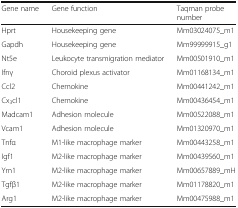
| Gene name | Gene function | Taqman probe number |
 | --- | --- | --- |
 | Hprt | Housekeeping gene | Mm03024075_m1 |
 | Gapdh | Housekeeping gene | Mm99999915_g1 |
 | Nt5e | Leukocyte transmigration mediator | Mm00501910_m1 |
 | Ifnγ | Choroid plexus activator | Mm01168134_m1 |
 | Ccl2 | Chemokine | Mm00441242_m1 |
 | Cx3cl1 | Chemokine | Mm00436454_m1 |
 | Madcam1 | Adhesion molecule | Mm00522088_m1 |
 | Vcam1 | Adhesion molecule | Mm01320970_m1 |
 | Tnfα | M1-like macrophage marker | Mm00443258_m1 |
 | Igf1 | M2-like macrophage marker | Mm00439560_m1 |
 | Ym1 | M2-like macrophage marker | Mm00657889_mH |
 | Tgfβ1 | M2-like macrophage marker | Mm01178820_m1 |
 | Arg1 | M2-like macrophage marker | Mm00475988_m1 |